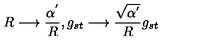
R \longrightarrow \frac { \alpha ^ { ' } } { R } , g _ { s t } \longrightarrow \frac { \sqrt { \alpha ^ { ' } } } { R } g _ { s t }